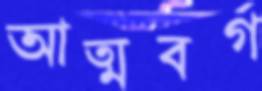
আত্মবর্গ